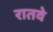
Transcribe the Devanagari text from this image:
रातवे